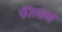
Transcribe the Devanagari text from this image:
फीरवला